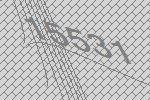
15531